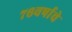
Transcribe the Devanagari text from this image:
७६वर्षाचे